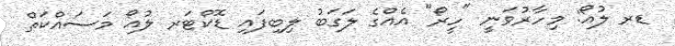
ޑރ ލުއޯ: މިހާރުވަނީ "ހީރޯ" އެއްގެ ލަގަބު ލިބިފައި ޑޮކްޓަރ ލުއޯ މަސައްކަތް